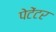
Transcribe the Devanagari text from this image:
पेटेंटर